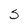
Character: 5